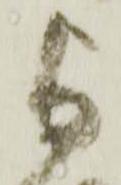
与